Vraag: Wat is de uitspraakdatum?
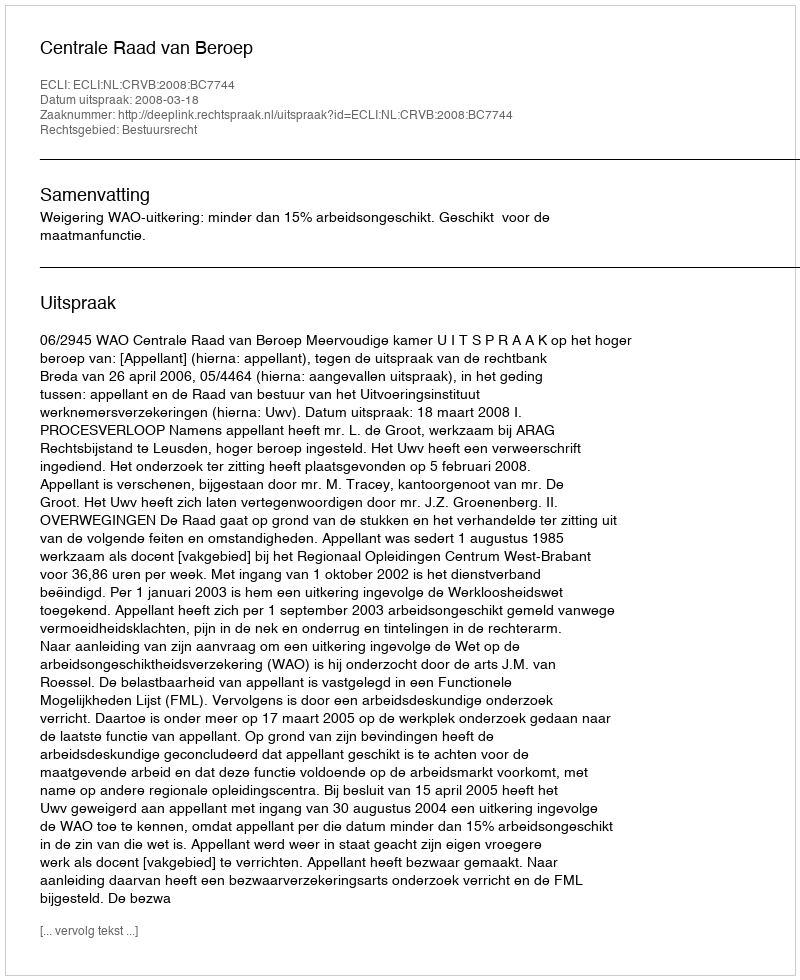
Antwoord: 2008-03-18